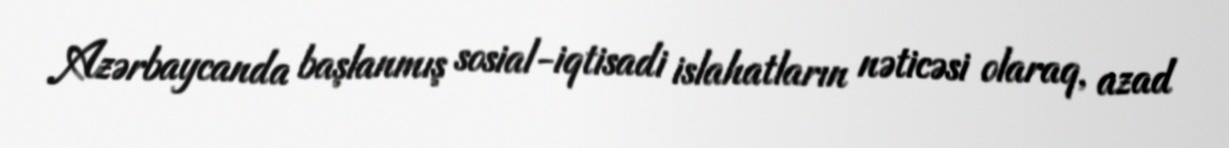
Azərbaycanda başlanmış sosial-iqtisadi islahatların nəticəsi olaraq, azad